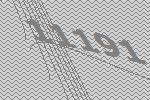
11191